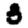
Digit: 3